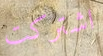
اشتركت